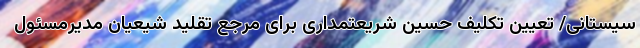
سیستانی/ تعیین تکلیف حسین شریعتمداری برای مرجع تقلید شیعیان مدیرمسئول